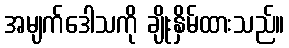
အမျက်ဒေါသကို ချိုးနှိမ်ထားသည်။